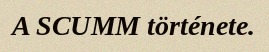
A SCUMM története.